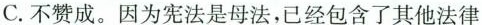
C.不赞成。因为宪法是母法，已经包含了其他法律